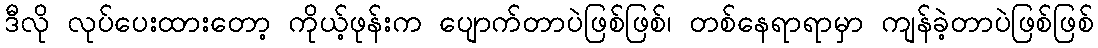
ဒီလို လုပ်ပေးထားတော့ ကိုယ့်ဖုန်းက ပျောက်တာပဲဖြစ်ဖြစ်၊ တစ်နေရာရာမှာ ကျန်ခဲ့တာပဲဖြစ်ဖြစ်